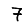
Digit: 7